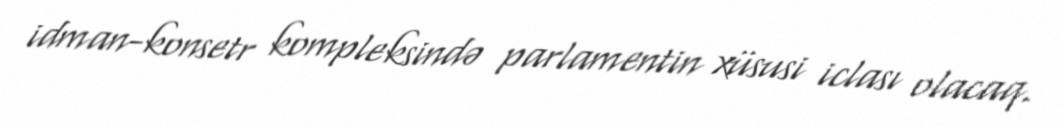
idman-konsetr kompleksində parlamentin xüsusi iclası olacaq.